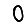
Digit: 0